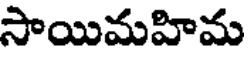
సాయిమహిమ